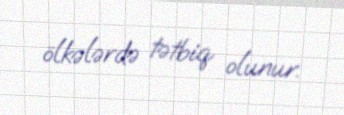
ölkələrdə tətbiq olunur.